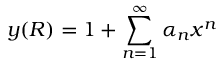
y ( R ) = 1 + \sum _ { n = 1 } ^ { \infty } \alpha _ { n } x ^ { n }